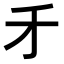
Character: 𠄒